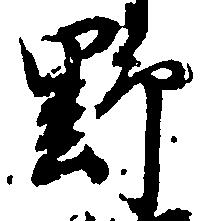
野